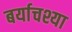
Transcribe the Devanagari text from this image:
बर्याचश्या